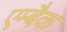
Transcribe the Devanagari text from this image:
एम्बैक